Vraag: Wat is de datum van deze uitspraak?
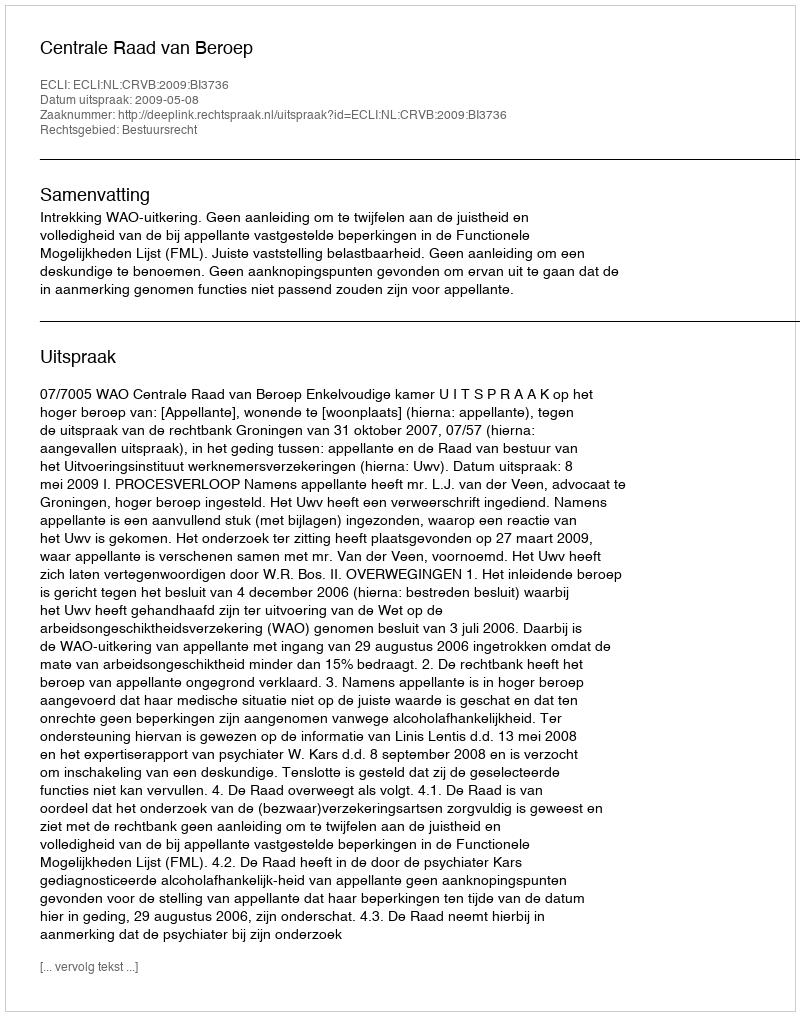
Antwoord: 2009-05-08